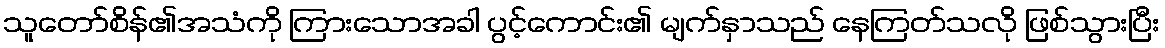
သူတော်စိန်၏အသံကို ကြားသောအခါ ပွင့်ကောင်း၏ မျက်နှာသည် နေကြတ်သလို ဖြစ်သွားပြီး